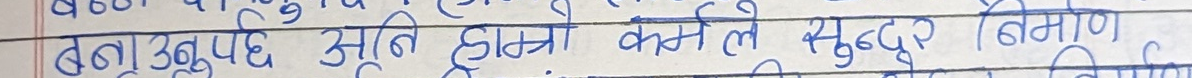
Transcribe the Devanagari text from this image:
बलाउछछ सूति हन्मो कन्नले सुदूर निमाण